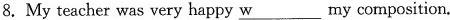
8.My teacher was very happy \underline{w} my composition.